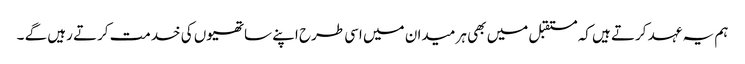
ہم یہ عہد کرتے ہیں کہ مستقبل میں بھی ہر میدان میں اسی طرح اپنے ساتھیوں کی خدمت کرتے رہیں گے ۔